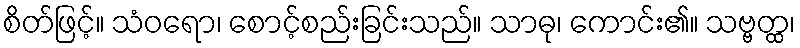
စိတ်ဖြင့်။ သံဝရော၊ စောင့်စည်းခြင်းသည်။ သာဓု၊ ကောင်း၏။ သဗ္ဗတ္ထ၊